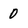
Character: 0